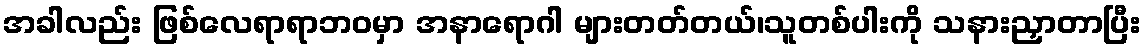
အခါလည်း ဖြစ်လေရာရာဘဝမှာ အနာရောဂါ များတတ်တယ်၊သူတစ်ပါးကို သနားညှာတာပြီး